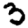
Digit: 3